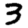
Digit: 3